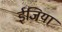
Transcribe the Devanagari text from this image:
ईजिया